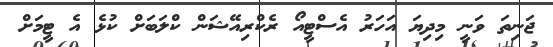
ޖަނިތަ ވަނީ މިދިޔަ އަހަރު އެސްޓީއޯ ރެކްރިއޭޝަން ކްލަބަށް ކުޅެ އެ ޓީމަށް